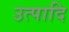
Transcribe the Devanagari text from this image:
उत्पादि